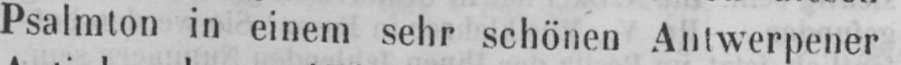
Psalmton in einem sehr schönen Antwerpener